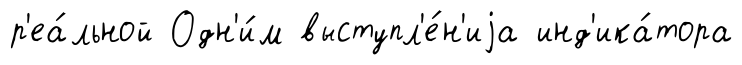
р'еа́льной Одн'и́м выступл'е́н'иjа инд'ика́тора